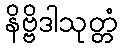
နိဗ္ဗိဒါသုတ္တံ